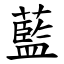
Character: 藍